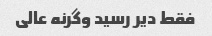
فقط دیر رسید وگرنه عالی